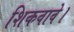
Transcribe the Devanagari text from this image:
शिकवावे।